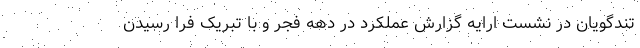
تندگویان در نشست ارایه گزارش عملکرد در دهه فجر و با تبریک فرا رسیدن